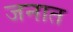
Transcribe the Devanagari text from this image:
जनात